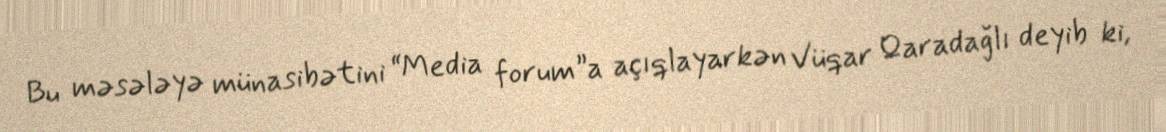
Bu məsələyə münasibətini “Media forum”a açıqlayarkən Vüqar Qaradağlı deyib ki,